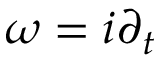
\omega = i \partial _ { t }